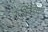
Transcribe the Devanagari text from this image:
राशिवडेकर